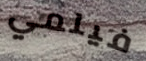
فيلمي